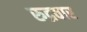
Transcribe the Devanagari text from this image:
रुद्रवार